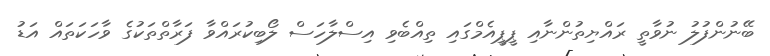
ބޭނުންފުލު ނުވާތީ ރައްޔިތުންނާއި ޕީޕީއެމްގައި ތިއްބެވި އިސްލާހަސް ލޯބިކުރައްވާ ފަރާތްތަކުގެ ވާހަކަތައް އަޑު